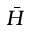
\bar { H }